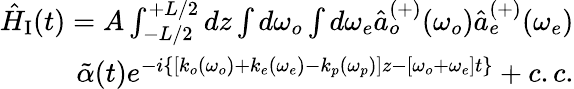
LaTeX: \begin{array}{r}{\hat{H}_{\mathrm{I}}(t)=A\int_{-L/2}^{+L/2}dz\int d\omega_{o}\int d\omega_{e}\hat{a}_{o}^{(+)}(\omega_{o})\hat{a}_{e}^{(+)}(\omega_{e})}\\ {\tilde{\alpha}(t)e^{-i\{ [k_{o}(\omega_{o})+k_{e}(\omega_{e})-k_{p}(\omega_{p})]z-[\omega_{o}+\omega_{e}]t\} }+c.c.}\end{array}